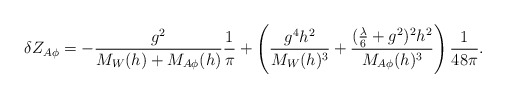
\begin{align*} \delta Z_{A\phi}=-\frac{g^2}{M_W(h)+M_{A\phi}(h)} \frac{1}{\pi} +\left(\frac{g^4 h^2}{M_W(h)^3}+ \frac{(\frac{\lambda}{6}+g^2)^2 h^2}{M_{A\phi}(h)^3} \right) \frac{1}{48 \pi}.\end{align*}